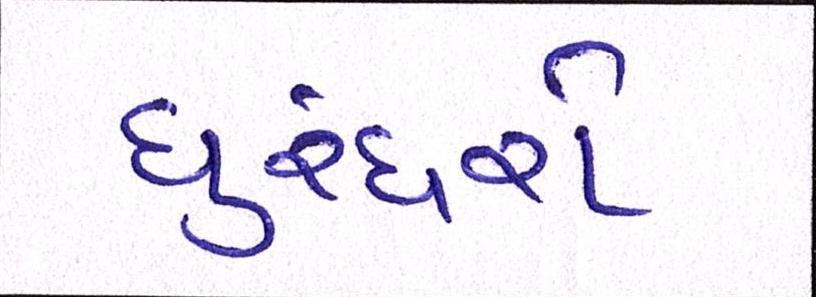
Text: ધુરંધરો